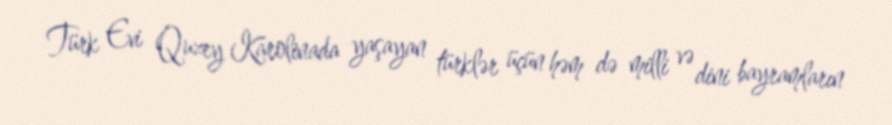
Türk Evi Quzey Karolinada yaşayan türklər üçün həm də milli və dini bayramların